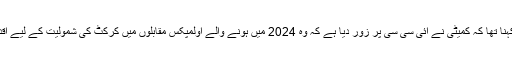
ان کا مزید کہنا تھا کہ کمیٹی نے آئی سی سی پر زور دیا ہے کہ وہ 2024 میں ہونے والے اولمپکس مقابلوں میں کرکٹ کی شمولیت کے لیے اقدامات کرے۔